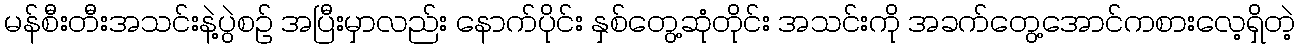
မန်စီးတီးအသင်းနဲ့ပွဲစဉ် အပြီးမှာလည်း နောက်ပိုင်း နှစ်တွေ့ဆုံတိုင်း အသင်းကို အခက်တွေ့အောင်ကစားလေ့ရှိတဲ့